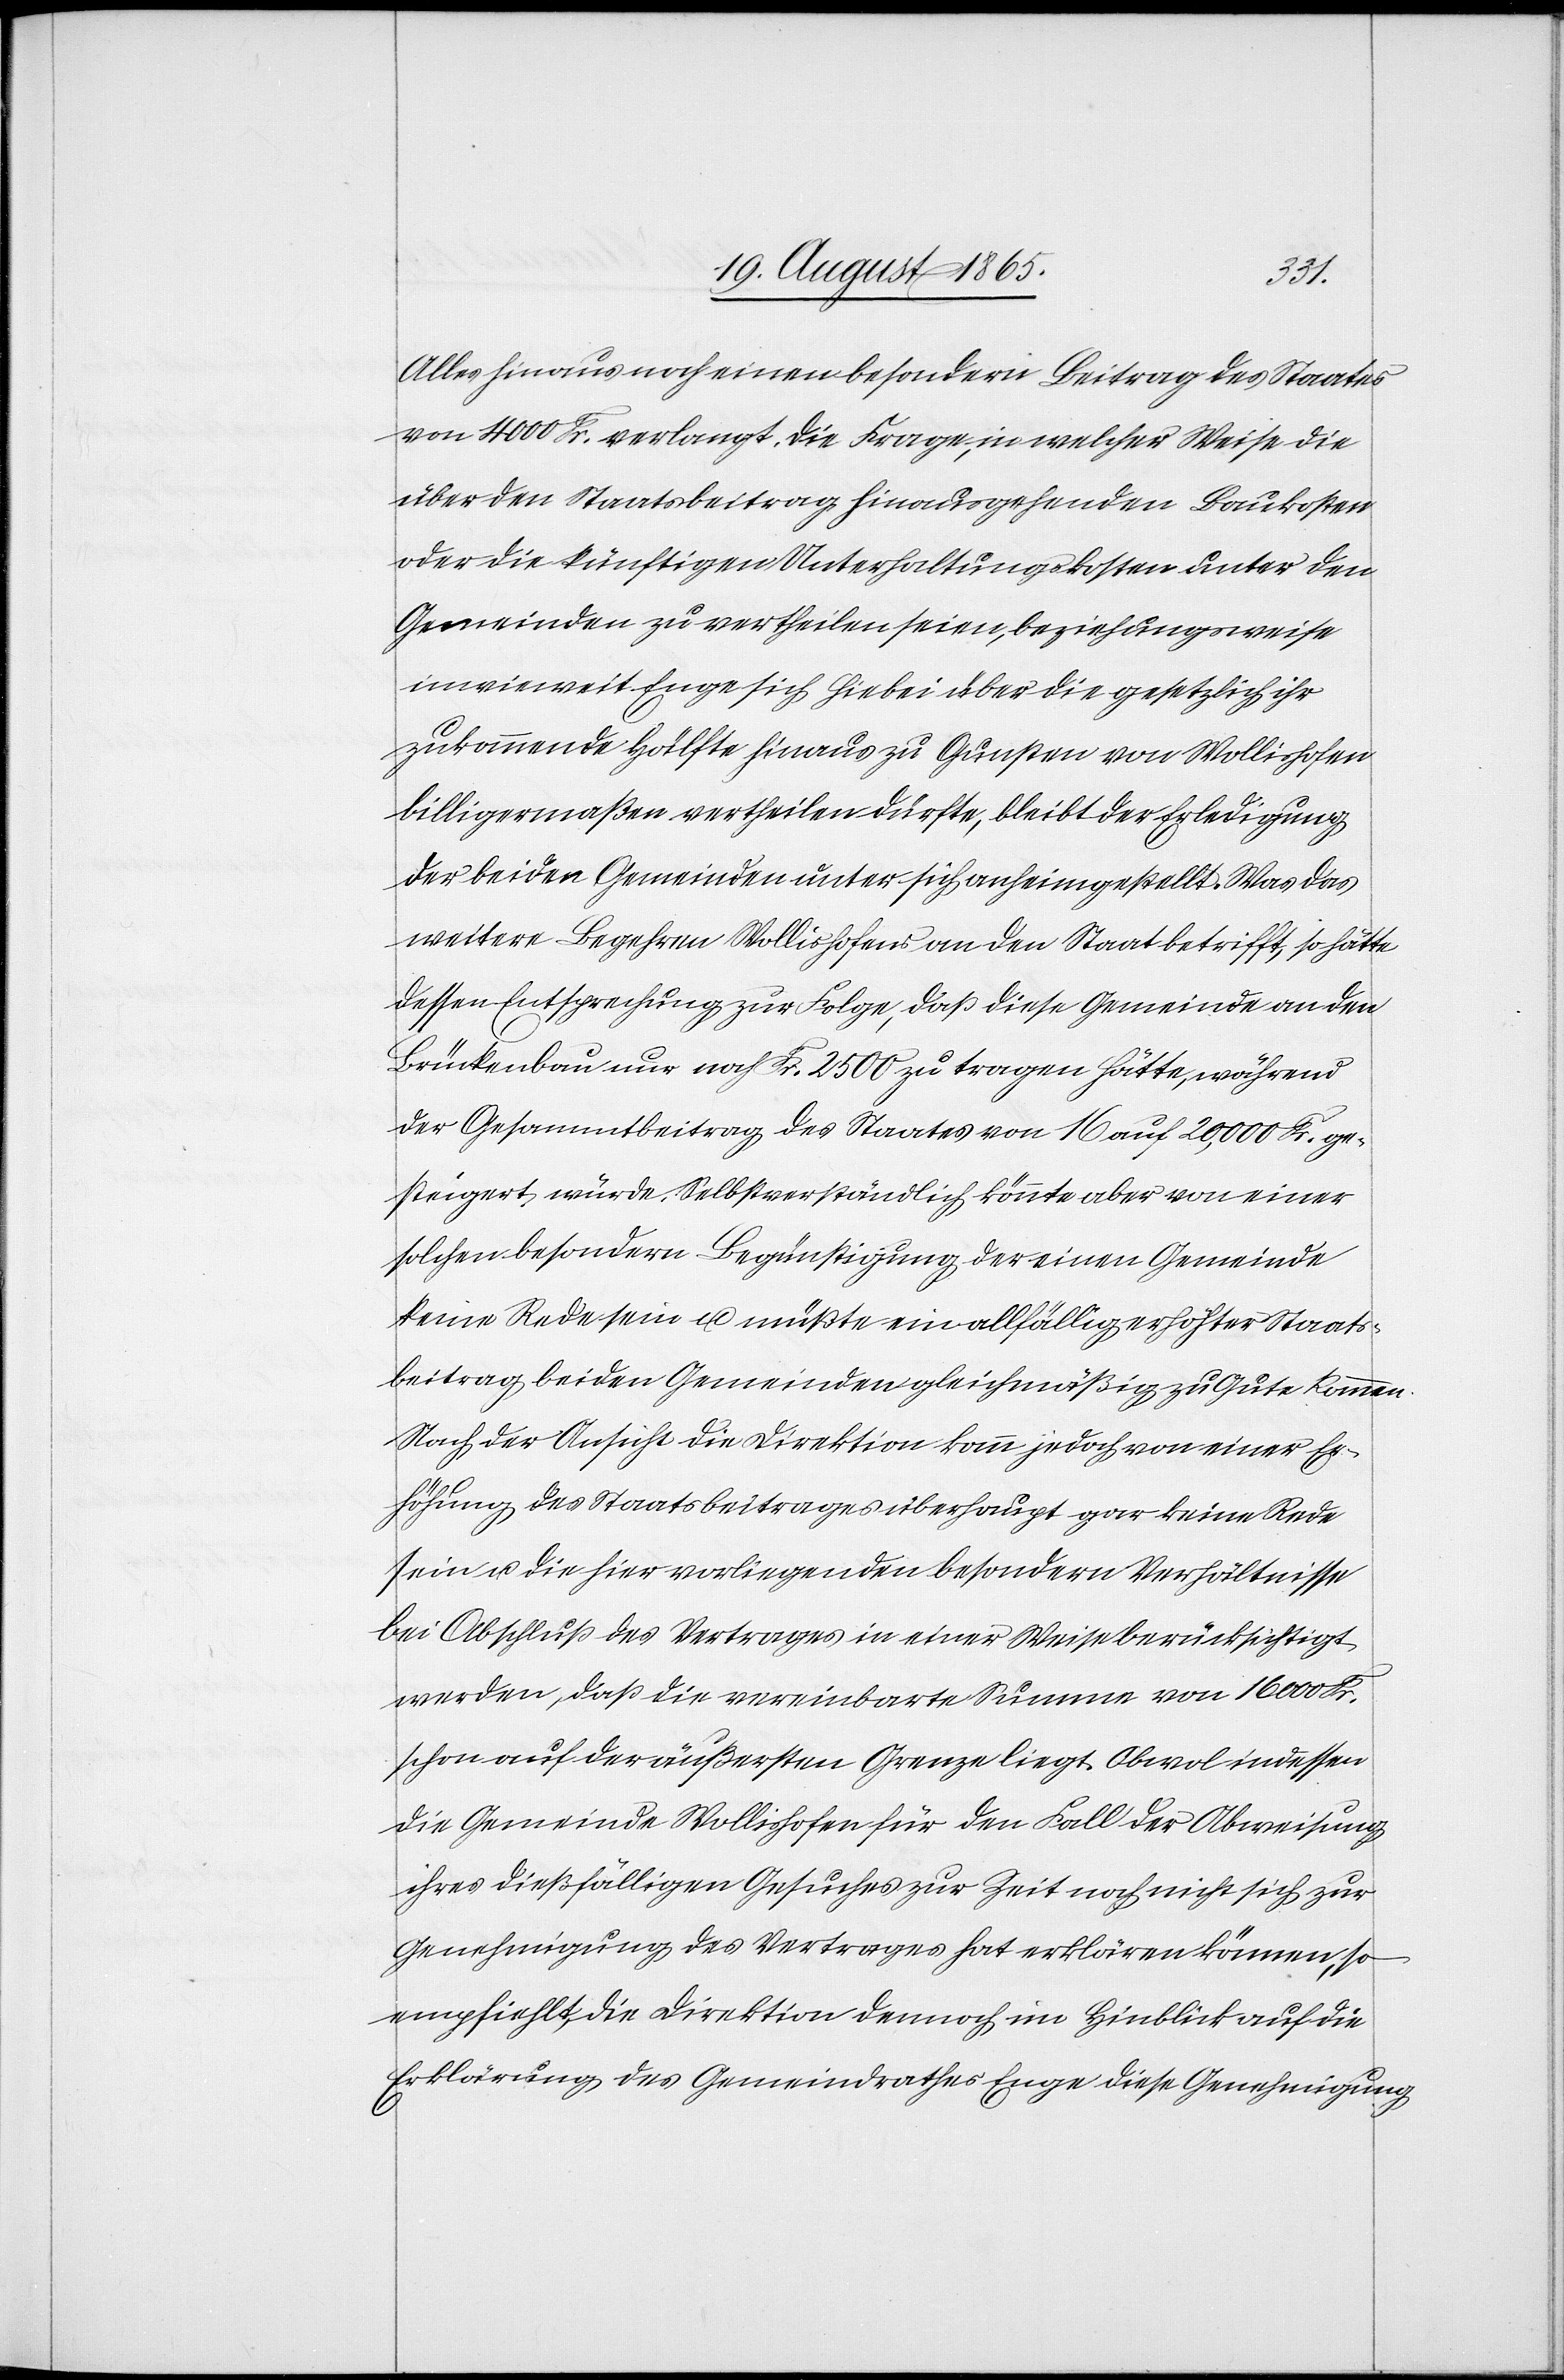
einer
Alles hinaus noch einen besondern Beitrag des Staates
von 4000 Fr. verlangt. Die Frage, in welcher Weise die
über den Staatsbeitrag hinausgehenden Baukosten
oder die künftigen Unterhaltungskosten unter den
Gemeinden zu vertheilen seien, beziehungsweise
inwieweit Enge sich hiebei über die gesetzlich ihr
zukommende Hälfte hinaus zu Gunsten von Wollishofen
billigermaßen vertheilen dürfte, bleibt der Erledigung
der beiden Gemeinden unter sich anheimgestellt. Was das
weitere Begehren Wollishofens an den Staat betrifft, so hätte
dessen Entsprechung zur Folge, daß diese Gemeinde an den
Brückenbau nur noch Fr. 2500 zu tragen hätte, während
der Gesammtbeitrag des Staates von 16 auf 20,000 Fr. ge¬
steigert würde. Selbstverständlich könnte aber von einer
solchen besondern Begünstigung der einen Gemeinde
keine Rede sein u. müßte ein allfällig erhöhter Staats¬
beitrag beiden Gemeinden gleichmäßig zu Gute kommen.
Erhöhung des Staatsbeitrages überhaupt gar keine Rede
sein u. die hier vorliegenden besondern Verhältnisse
bei Abschluß des Vertrages in einer Weise berücksichtigt
werden, daß die vereinbarte Summe von 16 000 Fr.
schon auf der äußersten Grenze liegt. Obwol indessen
die Gemeinde Wollishofen für den Fall der Abweisung
ihres dießfälligen Gesuches zur Zeit noch nicht sich zur
Genehmigung des Vertrages hat erklären können, so
empfiehlt, die Direktion dennoch im Hinblick auf die
Erklärung des Gemeindrathes Enge diese Genehmigung